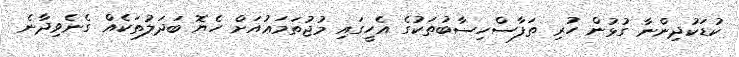
ކުޑަކުދިންނާ ގުޅުން ހުރި ތަފާސްހިސާބުތަކުގެ އެހީގައި މުޖުތަމަޢުއަށް ހެޔޮ ބަދަލުތަކެއް ގެނެވިދާނެ